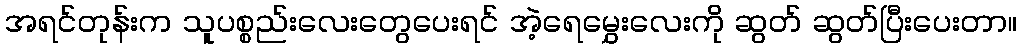
အရင်တုန်းက သူပစ္စည်းလေးတွေပေးရင် အဲ့ရေမွှေးလေးကို ဆွတ် ဆွတ်ပြီးပေးတာ။